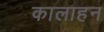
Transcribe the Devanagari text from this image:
कालाहन